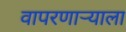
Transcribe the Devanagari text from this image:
वापरणाऱ्याला